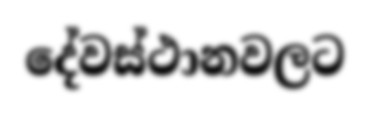
දේවස්ථානවලට